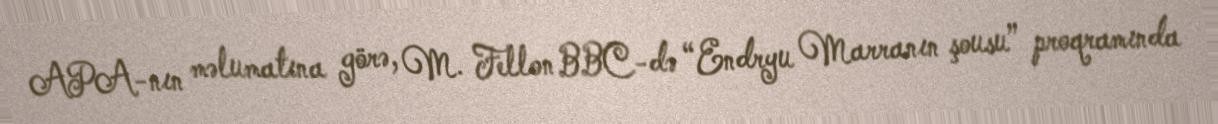
APA-nın məlumatına görə, M. Fellon BBC-də “Endryu Marranın şousu” proqramında